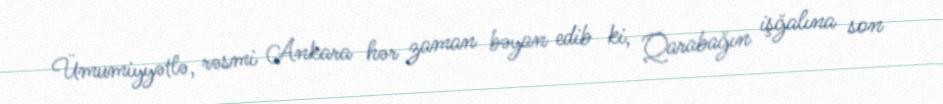
Ümumiyyətlə, rəsmi Ankara hər zaman bəyan edib ki, Qarabağın işğalına son